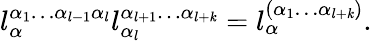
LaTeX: l_{\alpha}^{\alpha_{1}\ldots\alpha_{l-1}\alpha_{l}}l_{\alpha_{l}}^{\alpha_{l+1}\ldots\alpha_{l+\mathit{k}}}=l_{\alpha}^{(\alpha_{1}\ldots\alpha_{l+\mathit{k}})}.